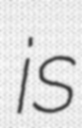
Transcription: is